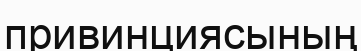
привинциясының